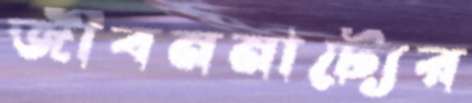
জীবননাট্যের